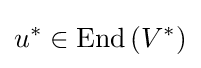
u^{*}\in \mathrm {End} \left(V^{*}\right)